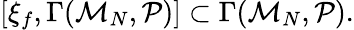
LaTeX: [\xi_{f},\Gamma({\cal M}_{N},{\cal P})]\subset\Gamma({\cal M}_{N},{\cal P}).